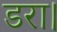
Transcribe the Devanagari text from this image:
डरा।